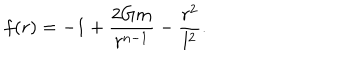
f ( r ) = - 1 + \frac { 2 G m } { r ^ { n - 1 } } - \frac { r ^ { 2 } } { l ^ { 2 } } .